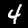
Digit: 4